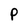
Character: P